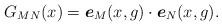
LaTeX: \begin{align*}G_{MN}(x)=\mbox{\boldmath{$e$}}_M(x,g)\cdot\mbox{\boldmath{$e$}}_N(x,g).\end{align*}